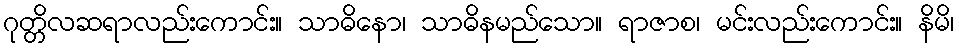
ဂုတ္တိလဆရာလည်းကောင်း။ သာဓိနော၊ သာဓိနမည်သော။ ရာဇာစ၊ မင်းလည်းကောင်း။ နိမိ၊